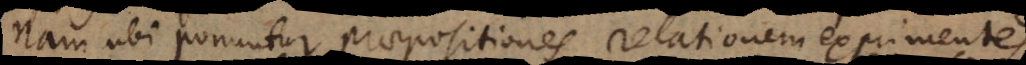
Nam ubi ponuntur praepositiones relationem expriment